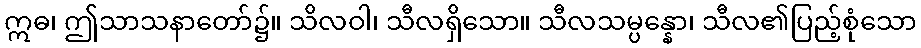
ဣဓ၊ ဤသာသနာတော်၌။ သိလဝါ၊ သီလရှိသော။ သီလသမ္ပန္နော၊ သီလ၏ပြည့်စုံသော